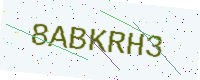
Text: 8ABKRH3